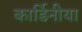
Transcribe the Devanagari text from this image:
कार्डिनीया